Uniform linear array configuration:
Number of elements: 48
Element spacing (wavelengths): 0.5
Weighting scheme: binomial
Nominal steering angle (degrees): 15
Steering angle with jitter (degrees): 16.637
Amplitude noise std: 0.05
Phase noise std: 0.05

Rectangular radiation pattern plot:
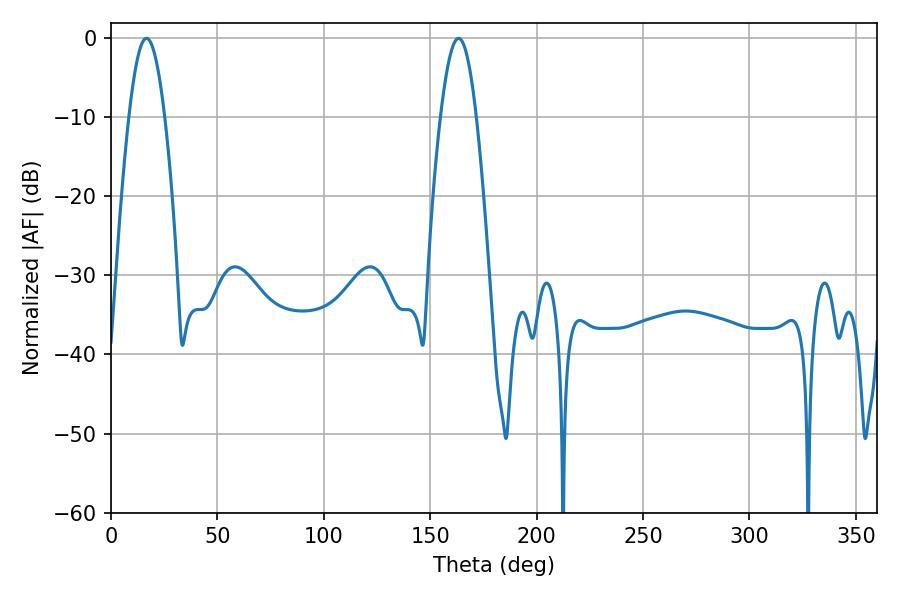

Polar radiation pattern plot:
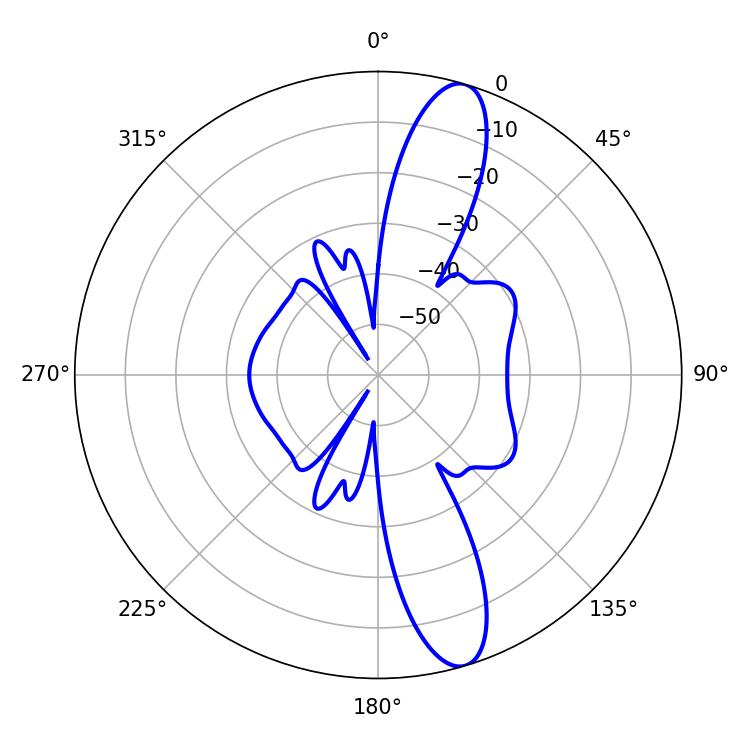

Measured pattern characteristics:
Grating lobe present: FALSE
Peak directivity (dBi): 13.027
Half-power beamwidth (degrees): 9
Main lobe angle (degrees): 16.74